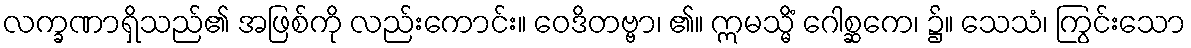
လက္ခဏာရှိသည်၏ အဖြစ်ကို လည်းကောင်း။ ဝေဒိတဗ္ဗာ၊ ၏။ ဣမသ္မိံ ဂေါစ္ဆကေ၊ ၌။ သေသံ၊ ကြွင်းသော